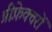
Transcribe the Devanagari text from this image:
प्रीफ़ेक्चरों